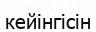
кейінгісін